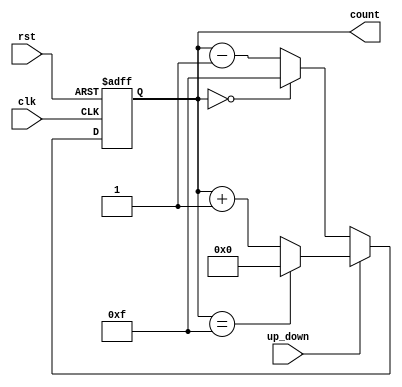
module UpDownCounter (
    input wire clk,          // Clock signal
    input wire rst,          // Asynchronous active-high reset
    input wire up_down,      // Control signal for counting direction
    output reg [3:0] count   // 4-bit count output
);

// Asynchronous reset
always @(posedge clk or posedge rst) begin
    if (rst) begin
        count <= 4'b0000;   // Reset count to 0
    end else begin
        if (up_down) begin
            // Count up
            if (count == 4'b1111) begin // Wrap around if max reached
                count <= 4'b0000;
            end else begin
                count <= count + 1;
            end
        end else begin
            // Count down
            if (count == 4'b0000) begin // Wrap around if min reached
                count <= 4'b1111;
            end else begin
                count <= count - 1;
            end
        end
    end
end

endmodule